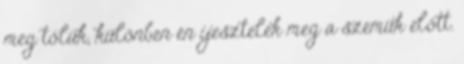
meg tőlük, különben én ijesztelek meg a szemük előtt.